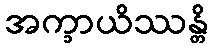
အက္ခာယိဿန္တိ